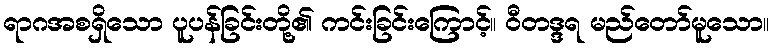
ရာဂအစရှိသော ပူပန်ခြင်းတို့၏ ကင်းခြင်းကြောင့်။ ဝီတဒ္ဒရ မည်တော်မူသော။